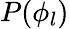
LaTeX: P(\phi_{l})